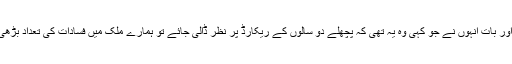
ایک اور بات انہوں نے جو کہی وہ یہ تھی کہ پچھلے دو سالوں کے ریکارڈ پر نظر ڈالی جائے تو ہمارے ملک میں فسادات کی تعداد بڑھی ہے۔